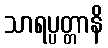
သာရပ္ပတ္တာနိ